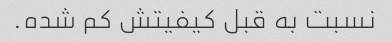
نسبت به قبل کیفیتش کم شده.